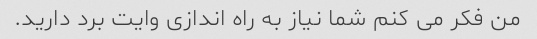
من فکر می کنم شما نیاز به راه اندازی وایت برد دارید.